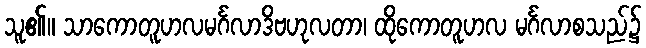
သူ၏။ သာကောတူဟလမင်္ဂလာဒိဗဟုလတာ၊ ထိုကောတူဟလ မင်္ဂလာစသည်၌